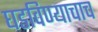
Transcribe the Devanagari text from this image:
घडविण्याचाच